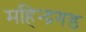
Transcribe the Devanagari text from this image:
महिन्द्रगड